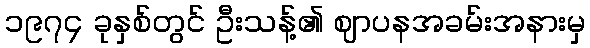
၁၉၇၄ ခုနှစ်တွင် ဦးသန့်၏ ဈာပနအခမ်းအနားမှ